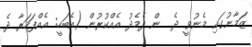
ޒަމާނުގައި މެނުވީ ދެ  ން ދެމެދު އެއްކުރުން (އެބަހީ: އެއްފަހަރާ ދެ